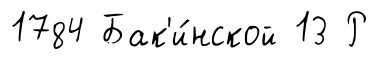
1784 Бак'и́нской 13 Р